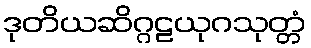
ဒုတိယဆိဂ္ဂဠယုဂသုတ္တံ